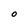
Character: O